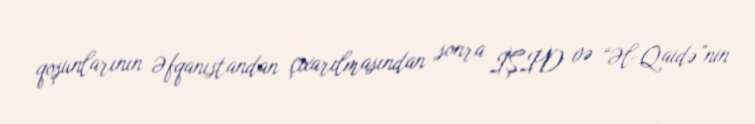
qoşunlarının Əfqanıstandan çıxarılmasından sonra İŞİD və “Əl-Qaidə”nin